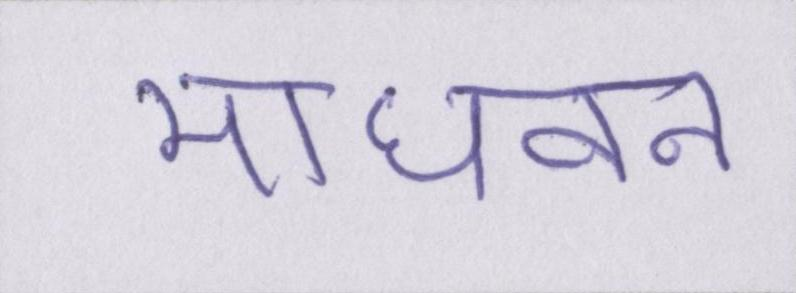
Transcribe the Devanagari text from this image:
माधवन